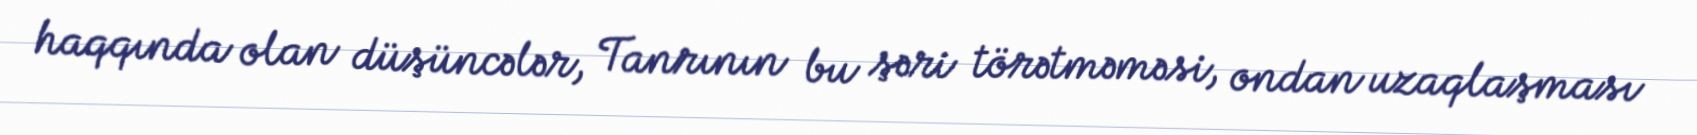
haqqında olan düşüncələr, Tanrının bu şəri törətməməsi, ondan uzaqlaşması